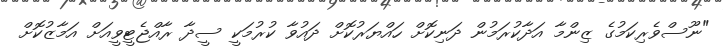
"ނޫސްވެރިކަމުގެ ޒިންމާ އަދާކުރަމުން ދަނިކޮށް ހައްޔަރުކޮށް ދައުވާ ކުރުމަކީ ސީދާ ރާއްޖެޓީވީއަށް އަމާޒުކޮށް